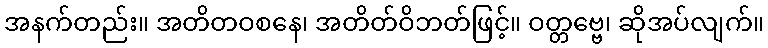
အနက်တည်း။ အတိတဝစနေ၊ အတိတ်ဝိဘတ်ဖြင့်။ ဝတ္တဗ္ဗေ၊ ဆိုအပ်လျက်။